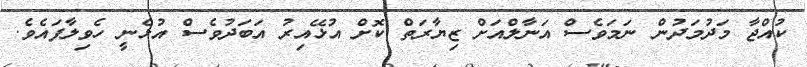
ކުއްޖާ މަދުމަދުން ނަމަވެސް އަނާލްއަށް ޒިޔާރަތް ކޮށް އުޅޭއިރު އަބަދުވެސް އުޅެނީ ހެވިލާފައެވެ.